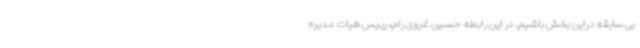
بی سابقه دراین بخش باشیم. در این رابطه حسین غروی رام، رییس هیات مدیره